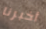
أخبرنا